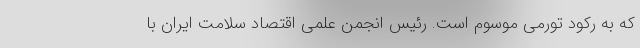
که به رکود تورمی موسوم است. رئیس انجمن علمی اقتصاد سلامت ایران با